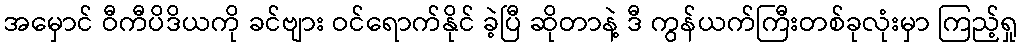
အမှောင် ဝီကီပိဒိယကို ခင်ဗျား ဝင်ရောက်နိုင် ခဲ့ပြီ ဆိုတာနဲ့ ဒီ ကွန်ယက်ကြီးတစ်ခုလုံးမှာ ကြည့်ရှု